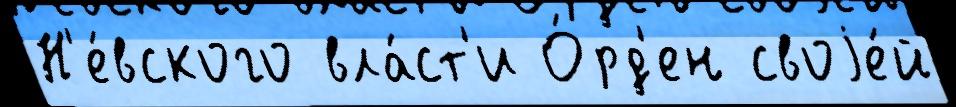
Н'е́вского вла́ст'и О́рд'ен своjе́й